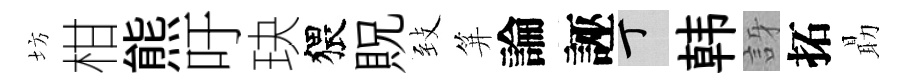
坊柑熊吁玦猥貺𦤺笄論誣丁韩訝拓朂